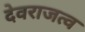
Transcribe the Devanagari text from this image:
देवराजत्व